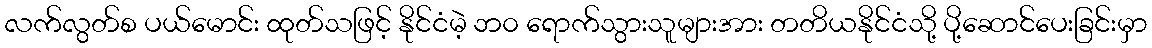
လက်လွတ်စ ပယ်မောင်း ထုတ်သဖြင့် နိုင်ငံမဲ့ ဘ၀ ရောက်သွားသူများအား တတိယနိုင်ငံသို့ ပို့ဆောင်ပေးခြင်းမှာ